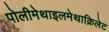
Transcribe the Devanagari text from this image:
पोलीमेथाइलमेथाक्रिलेट